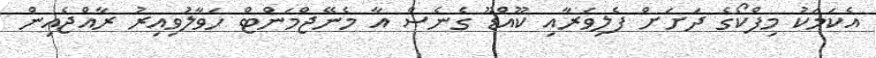
އެކަމަކު މިފްކޯގެ ދަށަށް ފެލިވަރާއި ކޫއްޑޫ ގެނެސް އާ މެނޭޖްމަންޓް ހަވާލުވިއިރު ރާއްޖެއިން